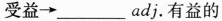
受益→___adj.有益的